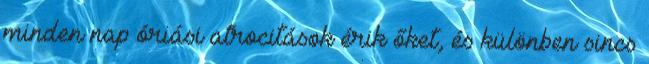
minden nap óriási atrocitások érik őket, és különben sincs